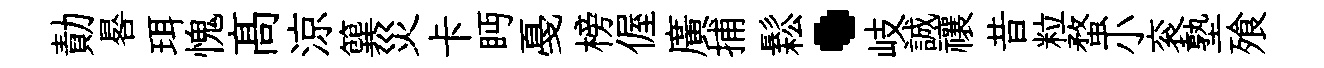
勣晷珥愧髙涼簨災卡眄戞榜偓廣捕鬆·岐誠禳昔粒蝥小衮塾飱